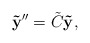
\begin{align*}\mathbf{\tilde{y}}^{\prime\prime}=\tilde{C}\mathbf{\tilde{y}},\end{align*}